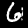
Label: 6